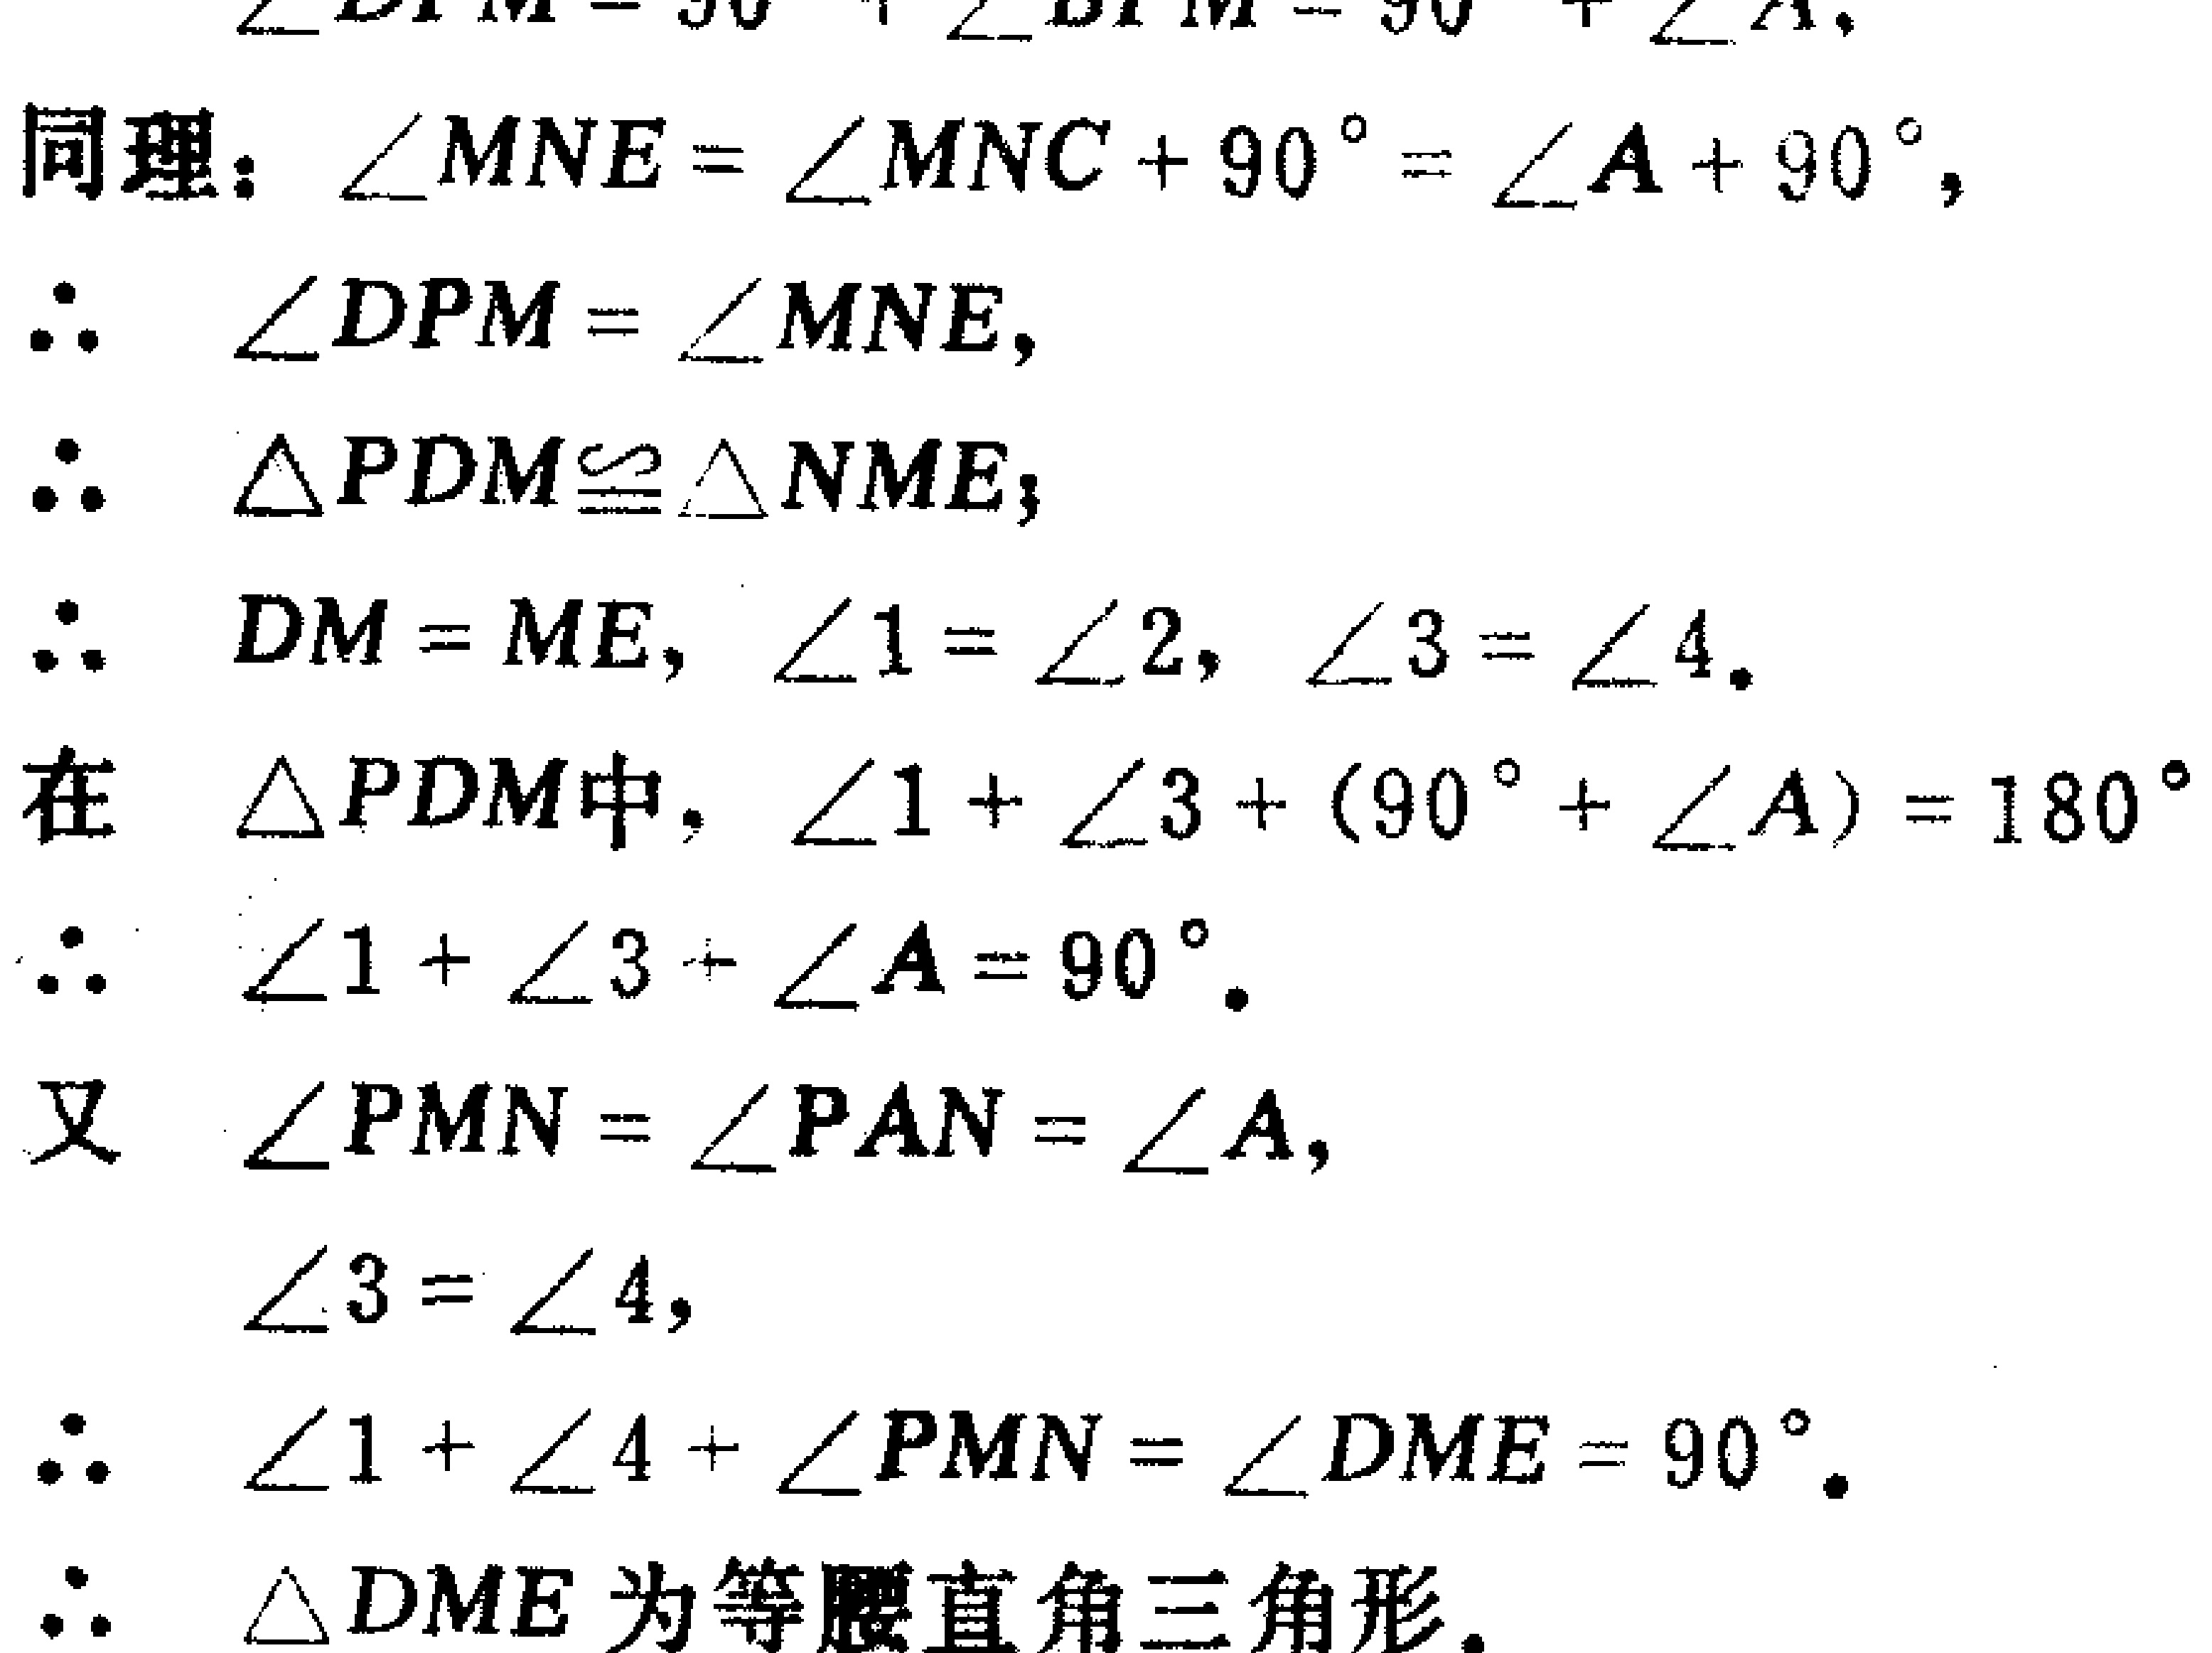
同理：\(\angle MNE = \angle MNC + 90^{\circ}=\angle A + 90^{\circ}\)，

\(\therefore\) \(\angle DPM=\angle MNE\)，

\(\therefore\) \(\triangle PDM\cong\triangle NME\)；

\(\therefore\) \(DM = ME\)，\(\angle1=\angle2\)，\(\angle3=\angle4\)。

在 \(\triangle PDM\)中，\(\angle1+\angle3+(90^{\circ}+\angle A)=180^{\circ}\)

\(\therefore\) \(\angle1+\angle3+\angle A = 90^{\circ}\)。

又 \(\angle PMN=\angle PAN=\angle A\)，

\(\angle3=\angle4\)，

\(\therefore\) \(\angle1+\angle4+\angle PMN=\angle DME = 90^{\circ}\)。

\(\therefore\) \(\triangle DME\)为等腰直角三角形。